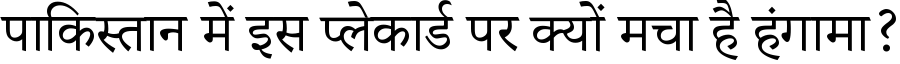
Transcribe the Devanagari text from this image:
पाकिस्तान में इस प्लेकार्ड पर क्यों मचा है हंगामा?